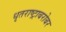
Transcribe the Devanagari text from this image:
धृतराष्ट्राबरोबर